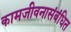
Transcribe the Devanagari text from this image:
कामजीवनासंबंधित